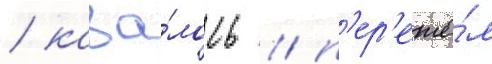
/ каза́лось / п'ер'ешё́л